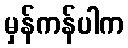
မှန်ကန်ပါက